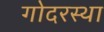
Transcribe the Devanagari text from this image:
गोदरस्था